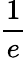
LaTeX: \frac{1}{e}